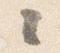
々